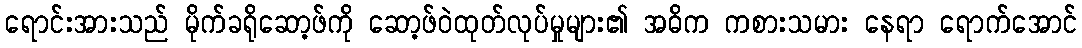
ရောင်းအားသည် မိုက်ခရိုဆော့ဖ်ကို ဆော့ဖ်ဝဲထုတ်လုပ်မှုများ၏ အဓိက ကစားသမား နေရာ ရောက်အောင်